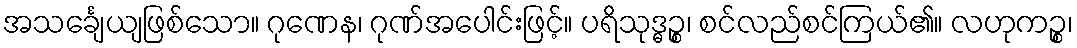
အသင်္ချေယျဖြစ်သော။ ဂုဏေန၊ ဂုဏ်အပေါင်းဖြင့်။ ပရိသုဒ္ဓဉ္စ၊ စင်လည်စင်ကြယ်၏။ လဟုကဉ္စ၊